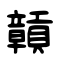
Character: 贑